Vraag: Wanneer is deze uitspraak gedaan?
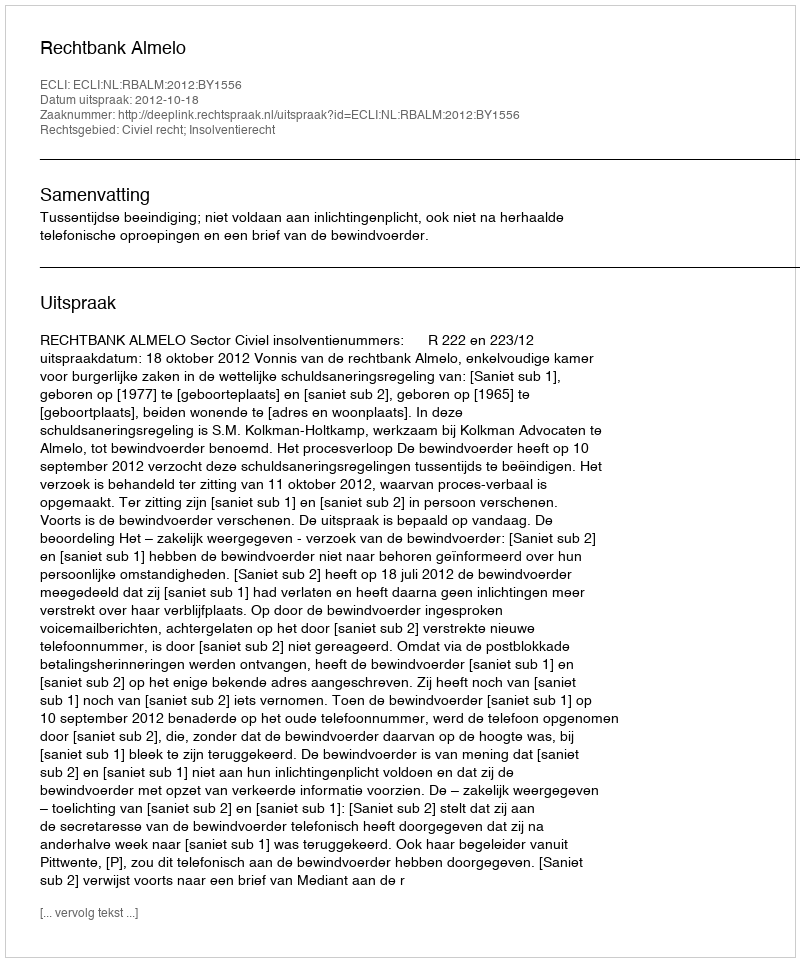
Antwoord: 2012-10-18